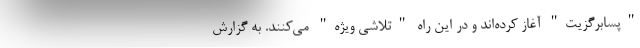
"پسابرگزیت" آغاز کرده‌اند و در این راه "تلاشی ویژه" می‌کنند. به گزارش